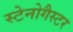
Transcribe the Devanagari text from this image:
स्टेनोगैस्टर